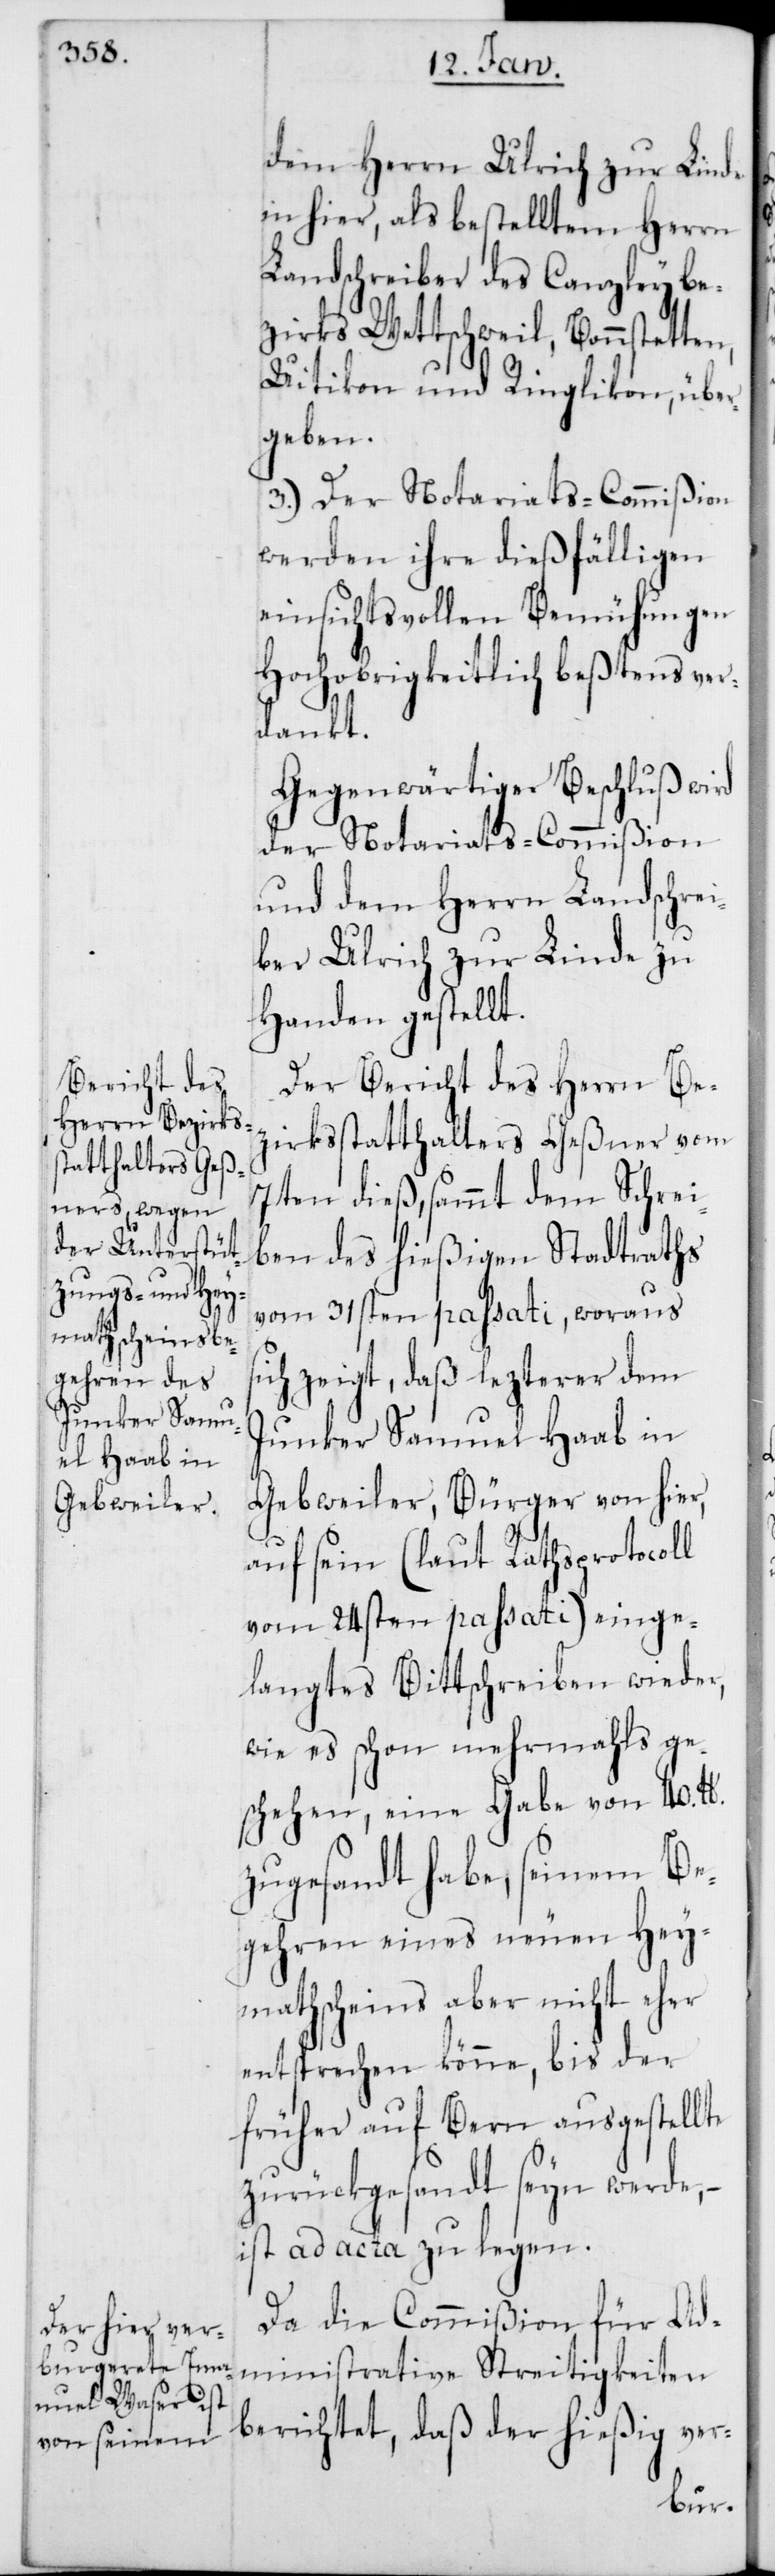
dem Herrn Ulrich zur Linde
in hier, als bestelltem Herrn
Landschreiber des Canzleybe¬
zirks Wettschweil, Bonnstetten,
Uitikon und Ringlikon, über¬
geben.
3.) Der Notariats-Commißion
werden ihre dießfälligen
einsichtsvollen Bemühungen
Hochobrigkeitlich beßtens ver¬
dankt.
Gegenwärtiger Beschluß wird
der Notariats-Commißion
und dem Herrn Landschrei¬
ber Ulrich zur Linde zu
Handen gestellt.
Der Bericht des Herrn Bez¬
irksstatthalters Geßner vom
7ten dieß, sammt dem Schrei¬
ben des hießigen Stadtraths
vom 31sten passati, woraus
sich zeigt, daß lezterer dem
Junker Samuel Haab in
Gebweiler, Bürger von hier,
auf sein (laut Rathsprotocoll
vom 24sten passati) einge¬
langtes Bittschreiben wieder,
wie es schon mehrmahls ge¬
schehen, eine Gabe von 40. lb.
zugesandt habe, seinem Be¬
gehren eines neuen Hey¬
mathscheins aber nicht e¬
ntsprechen könne, bis der
früher auf Bern ausgestellte
zurückgesandt seyn werde,
ist ad acta zu legen.
Da die Commißion für Ad¬
ministrative Streitigkeiten
berichtet, daß der hießig ver-